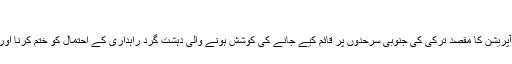
"
جناب ایردوان نے لکھا ہے کہ اس آپریشن کا مقصد ترکی کی جنوبی سرحدوں پر قائم کیے جانے کی کوشش ہونے والی دہشت گرد راہداری کے احتمال کو ختم کرنا اور خطے میں امن و آشتی کا قیام ہے۔